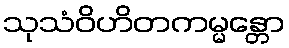
သုသံဝိဟိတကမ္မန္တော